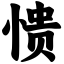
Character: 愦